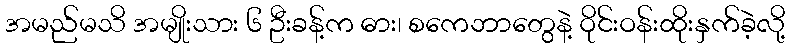
အမည်မသိ အမျိုးသား ၆ ဦးခန့်က ဓား၊ စကေဘာတွေနဲ့ ဝိုင်းဝန်းထိုးနှက်ခဲ့လို့